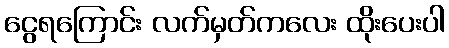
ငွေရကြောင်း လက်မှတ်ကလေး ထိုးပေးပါ